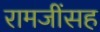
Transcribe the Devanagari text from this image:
रामजींसह